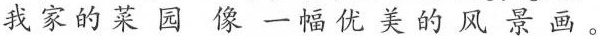
我家的菜园像一幅优美的风景画。